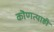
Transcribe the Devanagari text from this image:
कॊणत्याही